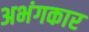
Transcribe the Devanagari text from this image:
अभंगकार